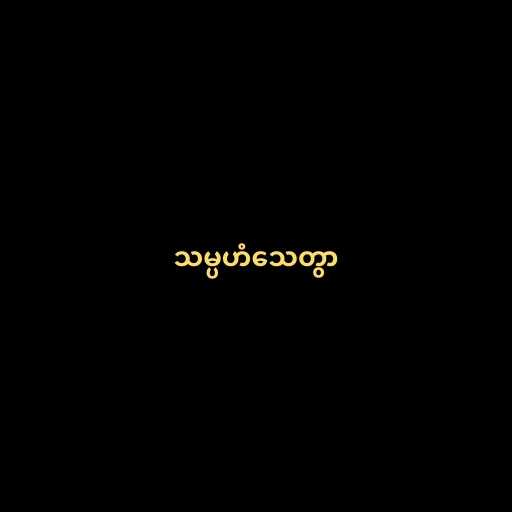
သမ္ပဟံသေတွာ